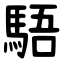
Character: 䮏